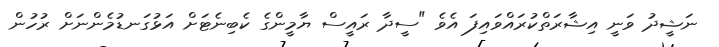
ނަޝީދު ވަނީ އިޝާރަތްކުރައްވައިފަ އެވެ "ސީދާ ރައީސް ޔާމީންގެ ކެބިނެޓަށް އަޅުގަނޑުމެންނަށް ރުހުން